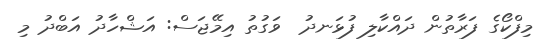
މިފްކޯގެ ފަރާތުން ދައްކާލި ފުޅަނދު  ވަގުތު އިމޭޖަސް: އަޝްހާދު އަބްދު މި